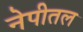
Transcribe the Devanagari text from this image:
नेपीतल